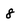
Character: 8